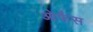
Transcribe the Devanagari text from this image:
ओर्फंस